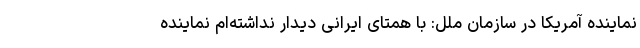
نماینده آمریکا در سازمان ملل: با همتای ایرانی دیدار نداشته‌ام نماینده